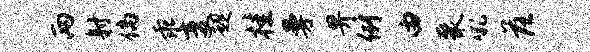
两射倘乖变趣桂曼畀例由聚吼落